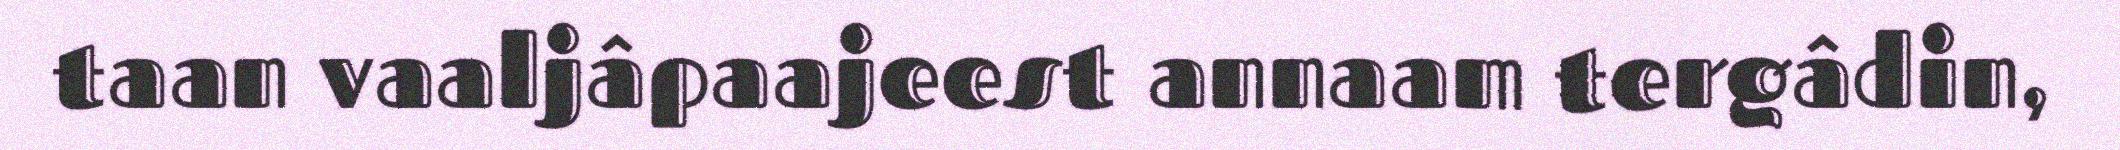
taan vaaljâpaajeest annaam tergâdin,